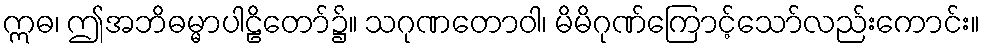
ဣဓ၊ ဤအဘိဓမ္မာပါဠိတော်၌။ သဂုဏတောဝါ၊ မိမိဂုဏ်ကြောင့်သော်လည်းကောင်း။